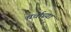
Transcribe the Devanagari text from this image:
चर्चाच्या